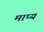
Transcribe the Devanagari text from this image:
माप्य